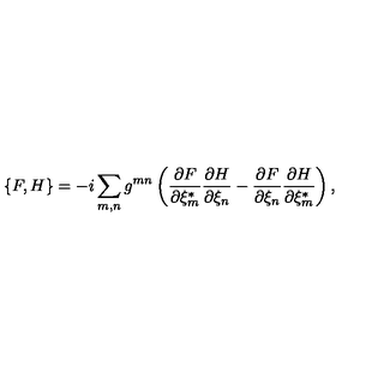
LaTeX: \{ F , H \} = - i \sum _ { m , n } g ^ { m n } \left( \frac { \partial F } { \partial \xi _ { m } ^ { * } } \frac { \partial H } { \partial \xi _ { n } } - \frac { \partial F } { \partial \xi _ { n } } \frac { \partial H } { \partial \xi _ { m } ^ { * } } \right) ,